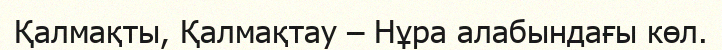
Қалмақты, Қалмақтау – Нұра алабындағы көл.